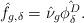
LaTeX: \begin{align*}\hat{f}_{g,\delta}=\hat{\nu}_g \hat{\phi^D_\delta}.\end{align*}